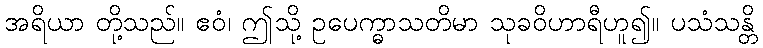
အရိယာ တို့သည်။ ဧဝံ၊ ဤသို့ ဥပေက္ဓာသတိမာ သုခဝိဟာရီဟူ၍။ ပသံသန္တိ